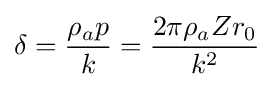
\delta ={\frac {\rho _{a}p}{k}}={\frac {2\pi \rho _{a}Zr_{0}}{k^{2}}}